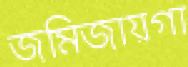
জমিজায়গা